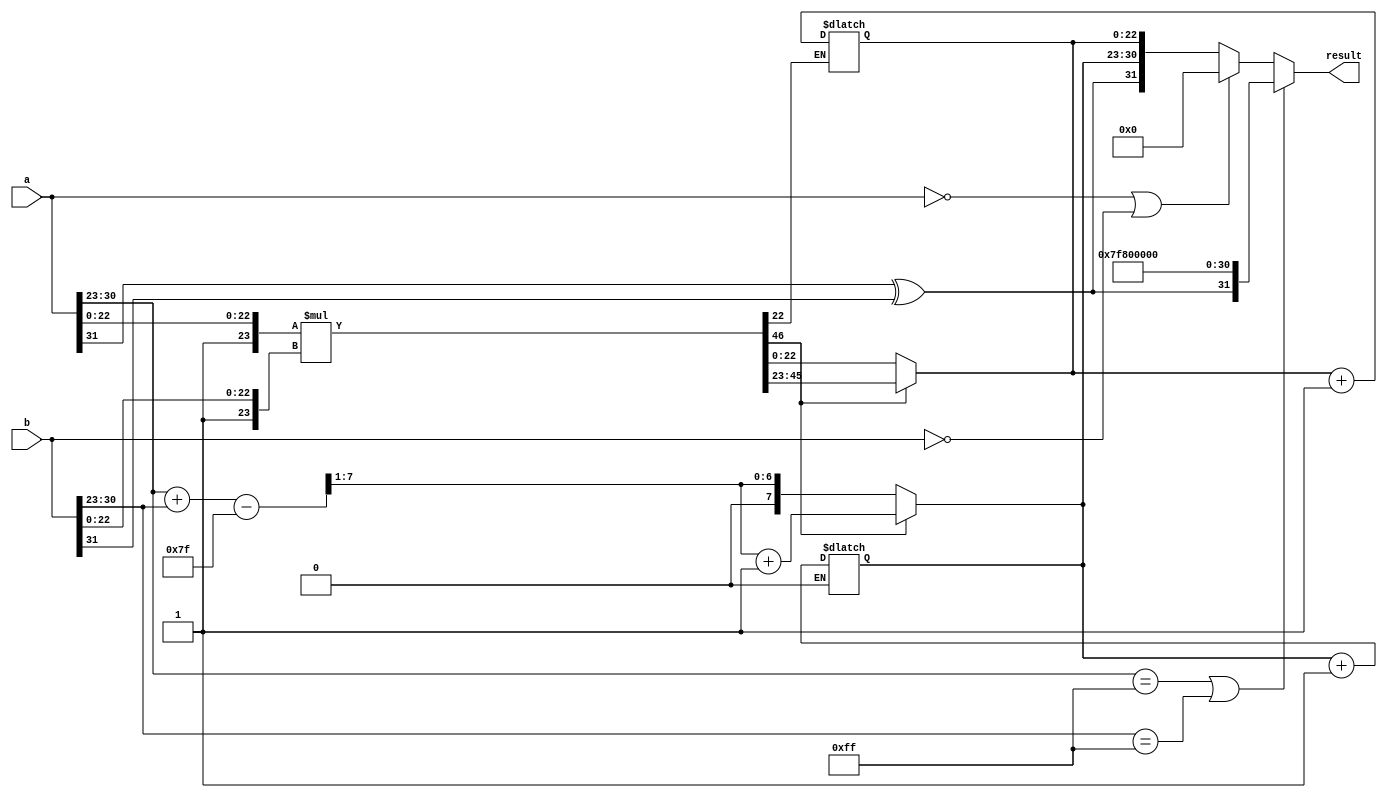
module floating_point_multiplier #(
    parameter N = 8, // Number of exponent bits
    parameter M = 23 // Number of mantissa bits
)(
    input wire [N + M + 1 - 1:0] a, // First floating-point number
    input wire [N + M + 1 - 1:0] b, // Second floating-point number
    output reg [N + M + 1 - 1:0] result // Resulting floating-point number
);

    // Constants
    localparam BIAS = (1 << (N - 1)) - 1;
    localparam EXPONENT_MAX = (1 << N) - 1;

    // Decompose inputs
    wire sign_a = a[N + M]; // Sign bit of a
    wire sign_b = b[N + M]; // Sign bit of b
    wire [N - 1:0] exp_a = a[N + M - 1:N + M - N]; // Exponent of a
    wire [N - 1:0] exp_b = b[N + M - 1:N + M - N]; // Exponent of b
    wire [M - 1:0] mant_a = a[M - 1:0]; // Mantissa of a
    wire [M - 1:0] mant_b = b[M - 1:0]; // Mantissa of b

    // Sign calculation
    wire sign_result = sign_a ^ sign_b;

    // Exponent calculation
    wire [N:0] exp_sum = {1'b0, exp_a} + {1'b0, exp_b} - BIAS; // Add exponents and subtract bias
    wire [N - 1:0] exp_result = exp_sum[N - 1:1]; // Result exponent (higher bits)
    wire exp_overflow = exp_sum[N]; // Check for overflow

    // Mantissa multiplication
    wire [2*M:0] mant_result = {1'b1, mant_a} * {1'b1, mant_b}; // Multiply mantissas with implicit leading 1

    // Normalization
    reg [M - 1:0] mant_final;
    reg [N - 1:0] exp_final;
    always @(*) begin
        if (mant_result[2*M] == 1'b1) begin
            // If the result mantissa has overflowed
            mant_final = mant_result[2*M - 1:M]; // Right shift
            exp_final = exp_result + 1; // Increment exponent
        end else begin
            mant_final = mant_result[M - 1:0]; // Use lower M bits
            exp_final = exp_result; // Use exponent as is
        end
    end

    // Rounding (basic truncation)
    wire round_bit = mant_result[M - 1]; // Bit to check for rounding
    always @(*) begin
        if (round_bit) begin
            mant_final = mant_final + 1; // Round up if necessary
            if (mant_final == (1 << M)) begin
                mant_final = 0; // Reset mantissa
                exp_final = exp_final + 1; // Increment exponent
            end
        end
    end

    // Edge case handling
    always @(*) begin
        if (exp_a == EXPONENT_MAX || exp_b == EXPONENT_MAX) begin
            // Handle infinity and NaN cases
            result = {sign_result, {N{1'b1}}, {M{1'b0}}}; // Result is infinity
        end else if (a == 0 || b == 0) begin
            // Handle zero case
            result = 0; // Result is zero
        end else begin
            // Assemble final result
            result = {sign_result, exp_final, mant_final};
        end
    end

endmodule